画像に写った文字を読んでください
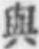
「與」と書いてあります